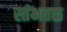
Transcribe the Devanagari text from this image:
स्तंभतळ